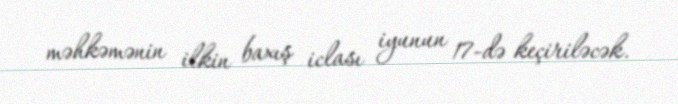
məhkəmənin ilkin baxış iclası iyunun 17-də keçiriləcək.